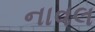
નાવલ